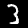
Digit: 3